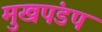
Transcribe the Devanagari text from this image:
मुखपंडप